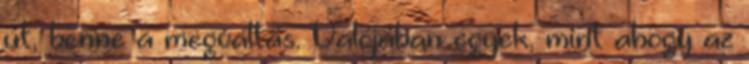
út, benne a megváltás. Valójában egyek, mint ahogy az